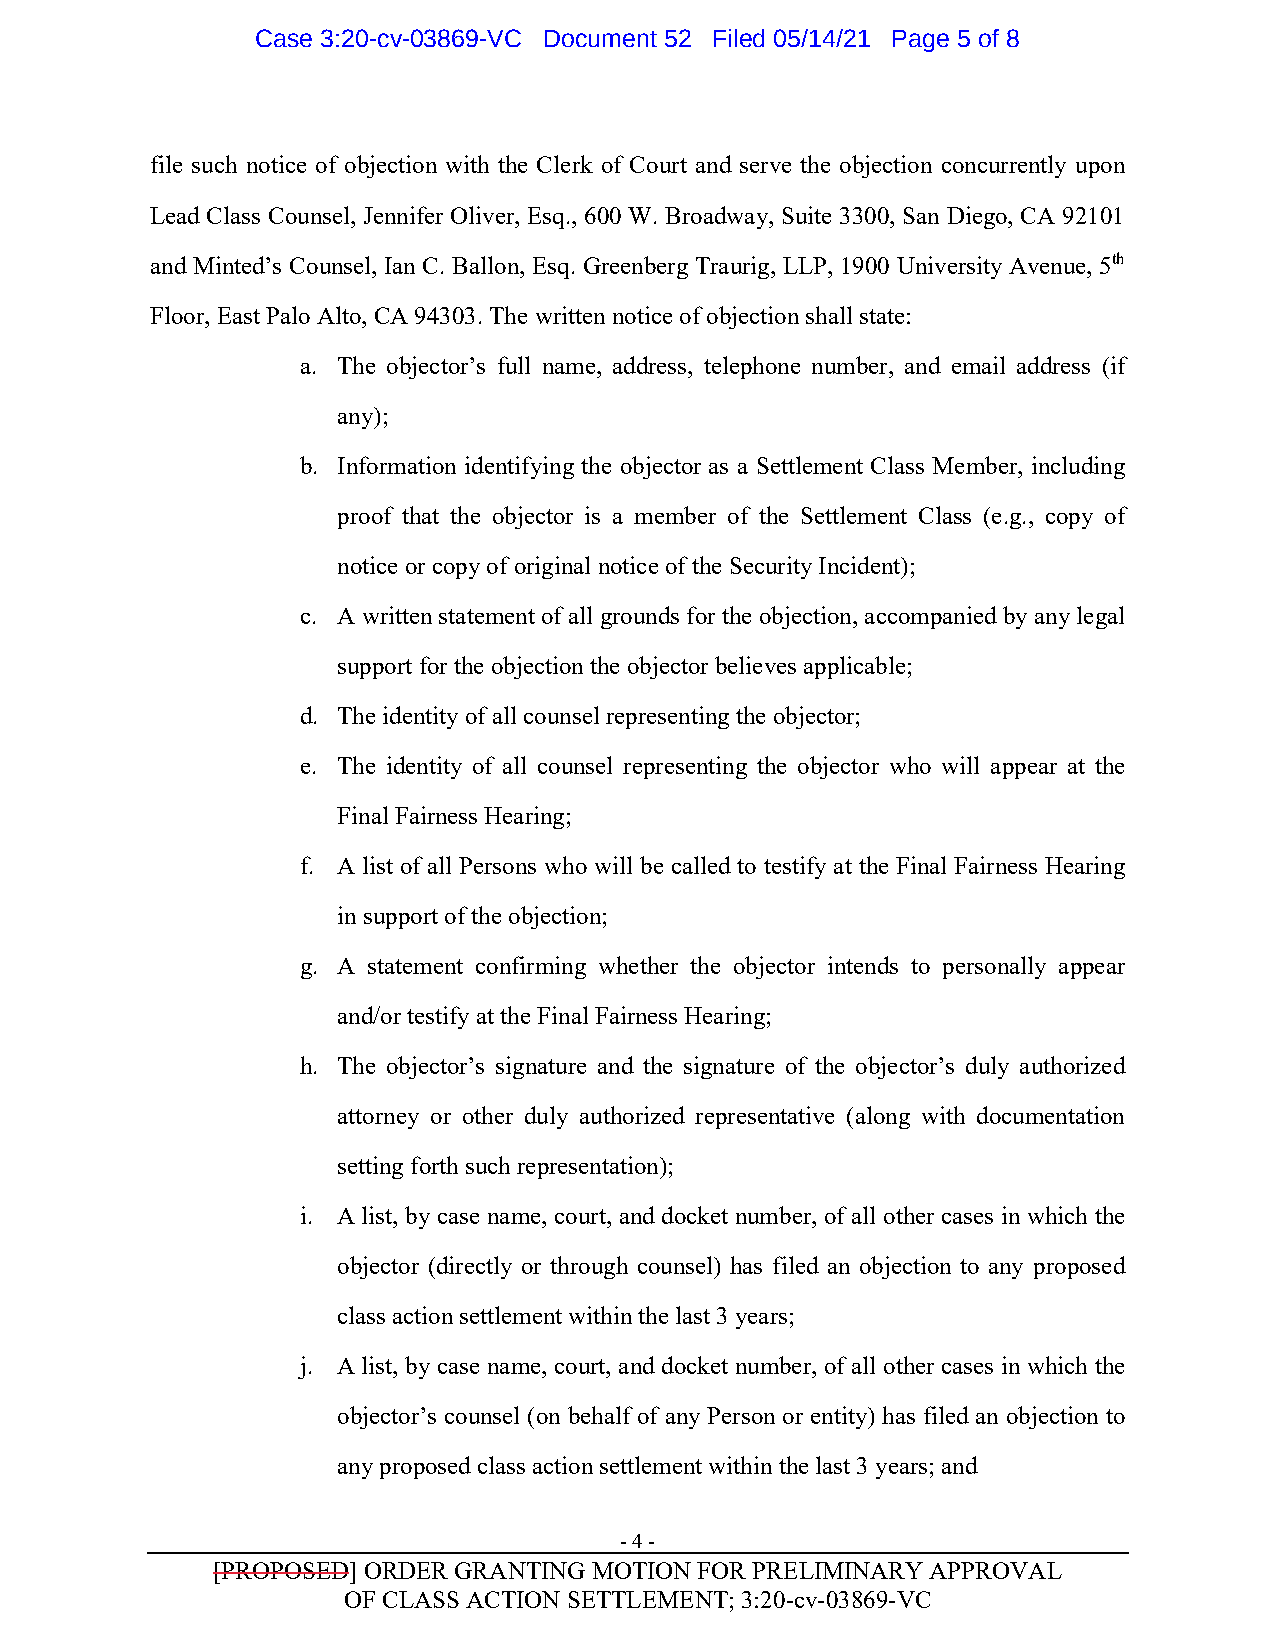
Case 3:20-cv-03869-VC Document 52 Filed 05/14/21 Page 5 of 8
 file such notice of objection with the Clerk of Court and serve the objection concurrently upon
 Lead Class Counsel, Jennifer Oliver, Esq., 600 W. Broadway, Suite 3300, San Diego, CA 92101
 and Minted’s Counsel, Ian C. Ballon, Esq. Greenberg Traurig, LLP, 1900 University Avenue, 5th
 Floor, East Palo Alto, CA 94303. The written notice of objection shall state:
 a. The objector’s full name, address, telephone number, and email address (if
 any);
 b. Information identifying the objector as a Settlement Class Member, including
 proof that the objector is a member of the Settlement Class (e.g., copy of
 notice or copy of original notice of the Security Incident);
 c. A written statement of all grounds for the objection, accompanied by any legal
 support for the objection the objector believes applicable;
 d. The identity of all counsel representing the objector;
 e. The identity of all counsel representing the objector who will appear at the
 Final Fairness Hearing;
 f. A list of all Persons who will be called to testify at the Final Fairness Hearing
 in support of the objection;
 g. A statement confirming whether the objector intends to personally appear
 and/or testify at the Final Fairness Hearing;
 h. The objector’s signature and the signature of the objector’s duly authorized
 attorney or other duly authorized representative (along with documentation
 setting forth such representation);
 i. A list, by case name, court, and docket number, of all other cases in which the
 objector (directly or through counsel) has filed an objection to any proposed
 class action settlement within the last 3 years;
 j. A list, by case name, court, and docket number, of all other cases in which the
 objector’s counsel (on behalf of any Person or entity) has filed an objection to
 any proposed class action settlement within the last 3 years; and
 - 4 -
 [PROPOSED] ORDER GRANTING MOTION FOR PRELIMINARY APPROVAL
 OF CLASS ACTION SETTLEMENT; 3:20-cv-03869-VC